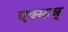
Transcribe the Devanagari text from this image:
एक्मात्र्